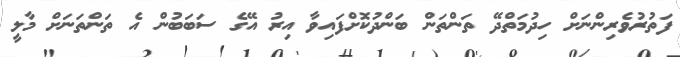
ފަތުރުވެރިންނަށް ހިދުމަތްދޭ ތަންތަން ބަންދުކޮށްފައިވާ އިރު އޭގެ ސަބަބުން އެ ތަންތަނަށް މާލީ